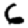
Digit: 6